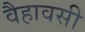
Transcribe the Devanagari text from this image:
वैहावसी